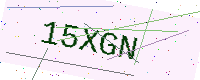
Text: 15XGN